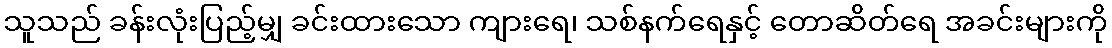
သူသည် ခန်းလုံးပြည့်မျှ ခင်းထားသော ကျားရေ၊ သစ်နက်ရေနှင့် တောဆိတ်ရေ အခင်းများကို